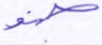
جنو